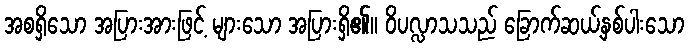
အစရှိသော အပြားအားဖြင့် များသော အပြားရှိ၏။ ဝိပလ္လာသသည် ခြောက်ဆယ့်နှစ်ပါးသော